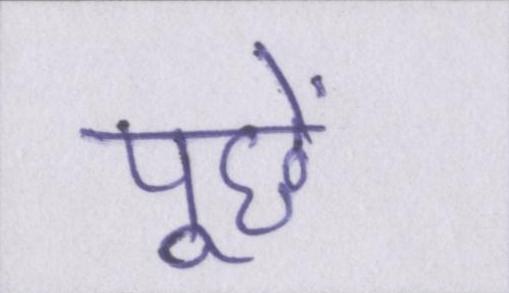
पूछें